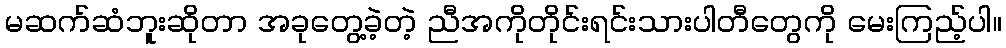
မဆက်ဆံဘူးဆိုတာ အခုတွေ့ခဲ့တဲ့ ညီအကိုတိုင်းရင်းသားပါတီတွေကို မေးကြည့်ပါ။